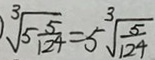
\sqrt [ 3 ] { 5 \frac { 5 } { 1 2 4 } } = 5 \sqrt [ 3 ] { \frac { 5 } { 1 2 4 } }